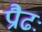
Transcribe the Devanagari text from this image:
प्रौढः